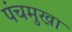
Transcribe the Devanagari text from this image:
पंचमुखा